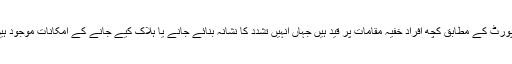
رپورٹ کے مطابق کچھ افراد خفیہ مقامات پر قید ہیں جہاں انہیں تشدد کا نشانہ بنائے جانے یا ہلاک کیے جانے کے امکانات موجود ہیں۔